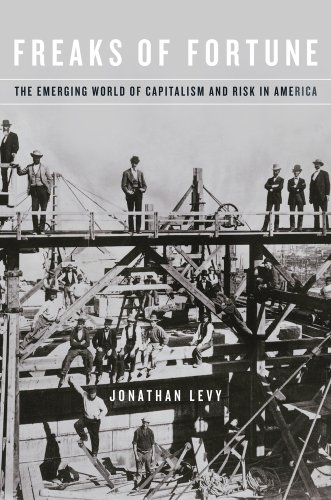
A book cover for Freaks of Fortune: The Emerging World of Capitalism and Risk in America; Jonathan Levy; Business & Money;